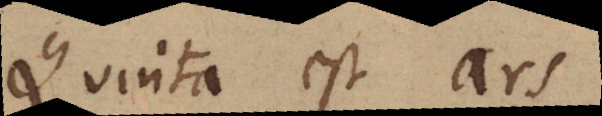
Quinta est ars